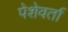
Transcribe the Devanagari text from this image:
पेशेवर्ता